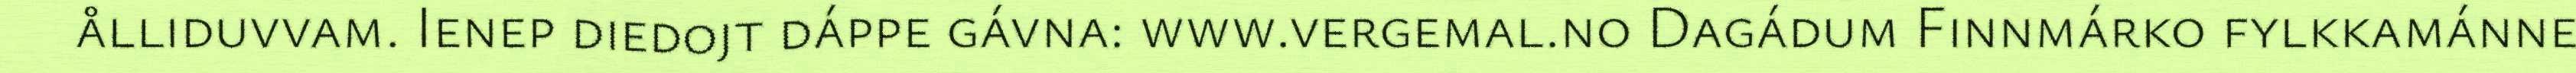
ålliduvvam. Ienep diedojt dáppe gávna: www.vergemal.no Dagádum Finnmárko fylkkamánne